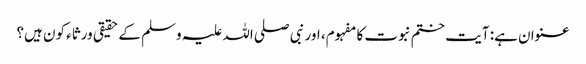
عنوان ہے: آیت ختم نبوت کا مفہوم، اور نبی صلی اللہ علیہ وسلم کے حقیقی ورثاء کون ہیں؟